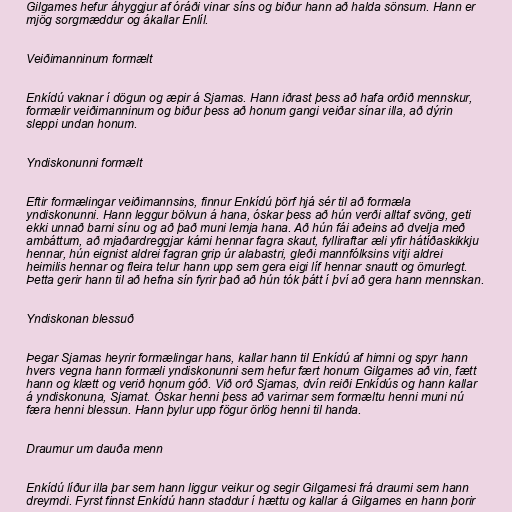
Gilgames hefur áhyggjur af óráði vinar síns og biður hann að halda sönsum. Hann er
mjög sorgmæddur og ákallar Enlíl.

Veiðimanninum formælt

Enkídú vaknar í dögun og æpir á Sjamas. Hann iðrast þess að hafa orðið mennskur,
formælir veiðimanninum og biður þess að honum gangi veiðar sínar illa, að dýrin
sleppi undan honum.

Yndiskonunni formælt

Eftir formælingar veiðimannsins, finnur Enkídú þörf hjá sér til að formæla
yndiskonunni. Hann leggur bölvun á hana, óskar þess að hún verði alltaf svöng, geti
ekki unnað barni sínu og að það muni lemja hana. Að hún fái aðeins að dvelja með
ambáttum, að mjaðardreggjar kámi hennar fagra skaut, fylliraftar æli yfir hátíðaskikkju
hennar, hún eignist aldrei fagran grip úr alabastri, gleði mannfólksins vitji aldrei
heimilis hennar og fleira telur hann upp sem gera eigi líf hennar snautt og ömurlegt.
Þetta gerir hann til að hefna sín fyrir það að hún tók þátt í því að gera hann mennskan.

Yndiskonan blessuð

Þegar Sjamas heyrir formælingar hans, kallar hann til Enkídú af himni og spyr hann
hvers vegna hann formæli yndiskonunni sem hefur fært honum Gilgames að vin, fætt
hann og klætt og verið honum góð. Við orð Sjamas, dvín reiði Enkídús og hann kallar
á yndiskonuna, Sjamat. Óskar henni þess að varirnar sem formæltu henni muni nú
færa henni blessun. Hann þylur upp fögur örlög henni til handa.

Draumur um dauða menn

Enkídú líður illa þar sem hann liggur veikur og segir Gilgamesi frá draumi sem hann
dreymdi. Fyrst finnst Enkídú hann staddur í hættu og kallar á Gilgames en hann þorir